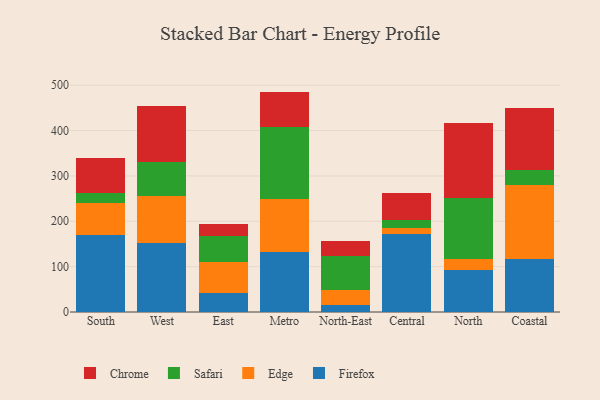
{"axis": {"x": "Region", "y": "LTV (USD)"}, "legend": ["Chrome", "Edge", "Firefox", "Safari"], "data": [{"x": "South", "y": 169.8, "type": "Firefox"}, {"x": "South", "y": 70.8, "type": "Edge"}, {"x": "South", "y": 21.5, "type": "Safari"}, {"x": "South", "y": 77.0, "type": "Chrome"}, {"x": "West", "y": 152.3, "type": "Firefox"}, {"x": "West", "y": 102.7, "type": "Edge"}, {"x": "West", "y": 75.4, "type": "Safari"}, {"x": "West", "y": 124.0, "type": "Chrome"}, {"x": "East", "y": 42.4, "type": "Firefox"}, {"x": "East", "y": 67.9, "type": "Edge"}, {"x": "East", "y": 56.2, "type": "Safari"}, {"x": "East", "y": 28.6, "type": "Chrome"}, {"x": "Metro", "y": 131.3, "type": "Firefox"}, {"x": "Metro", "y": 118.7, "type": "Edge"}, {"x": "Metro", "y": 156.8, "type": "Safari"}, {"x": "Metro", "y": 79.1, "type": "Chrome"}, {"x": "North-East", "y": 16.0, "type": "Firefox"}, {"x": "North-East", "y": 32.2, "type": "Edge"}, {"x": "North-East", "y": 75.5, "type": "Safari"}, {"x": "North-East", "y": 33.2, "type": "Chrome"}, {"x": "Central", "y": 171.4, "type": "Firefox"}, {"x": "Central", "y": 12.7, "type": "Edge"}, {"x": "Central", "y": 17.9, "type": "Safari"}, {"x": "Central", "y": 60.7, "type": "Chrome"}, {"x": "North", "y": 92.5, "type": "Firefox"}, {"x": "North", "y": 23.6, "type": "Edge"}, {"x": "North", "y": 135.5, "type": "Safari"}, {"x": "North", "y": 165.9, "type": "Chrome"}, {"x": "Coastal", "y": 117.1, "type": "Firefox"}, {"x": "Coastal", "y": 163.7, "type": "Edge"}, {"x": "Coastal", "y": 31.5, "type": "Safari"}, {"x": "Coastal", "y": 138.3, "type": "Chrome"}]}